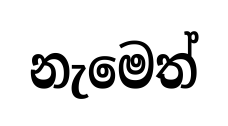
නැමෙත්